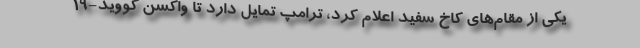
یکی از مقام‌های کاخ سفید اعلام کرد، ترامپ تمایل دارد تا واکسن کووید-۱۹